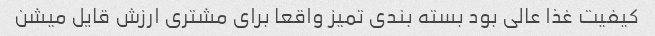
کیفیت غذا عالی بود بسته بندی تمیز واقعا برای مشتری ارزش قایل میشن